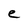
Character: e